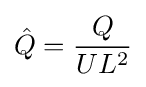
{\hat {Q}}={\frac {Q}{UL^{2}}}